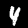
Digit: 4